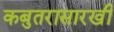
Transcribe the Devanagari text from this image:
कबुतरासारखी